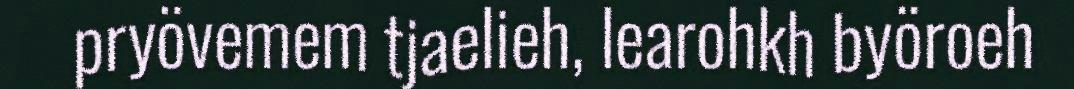
pryövemem tjaelieh, learohkh byöroeh